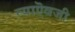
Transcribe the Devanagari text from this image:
त्याऎवजी